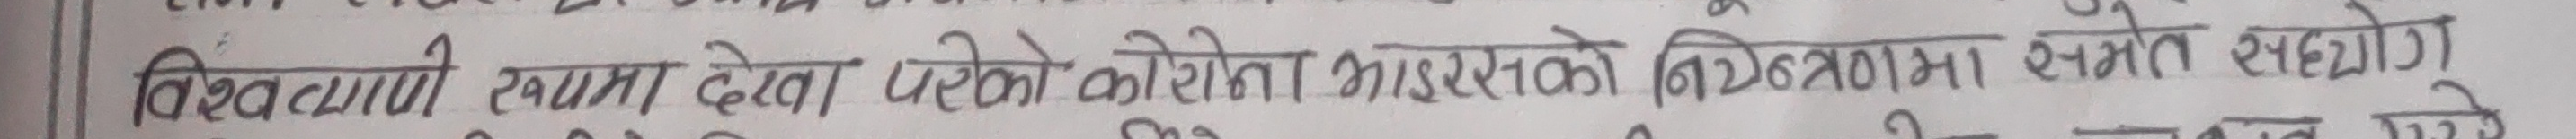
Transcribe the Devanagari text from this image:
विद्यमान स्वास्थ देखा परेको कोरोन भाइरसको नियन्त्रणमा समेत सहयोग